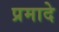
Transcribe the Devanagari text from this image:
प्रमादे